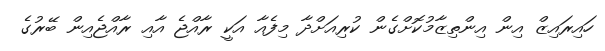
ހައިރައިޒް އިން އިންތިޒާމުކޮށްގެން ކުރިއަށްދާ މިފެއާ އަކީ ރާއްޖެ އާއި ރާއްޖެއިން ބޭރުގެ